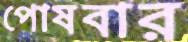
পোষবার